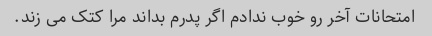
امتحانات آخر رو خوب ندادم اگر پدرم بداند مرا کتک می زند.